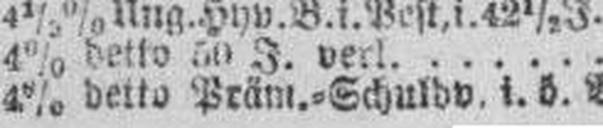
4% detto Präm.=Schuldv. i. ö. W.